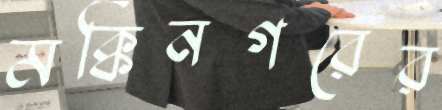
মক্কিনগরের